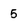
Character: 5